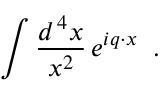
\int { \frac { d ^ { \, 4 } x } { x ^ { 2 } } } \, e ^ { i q \cdot x } \; \; .